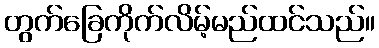
တွက်ခြေကိုက်လိမ့်မည်ထင်သည်။